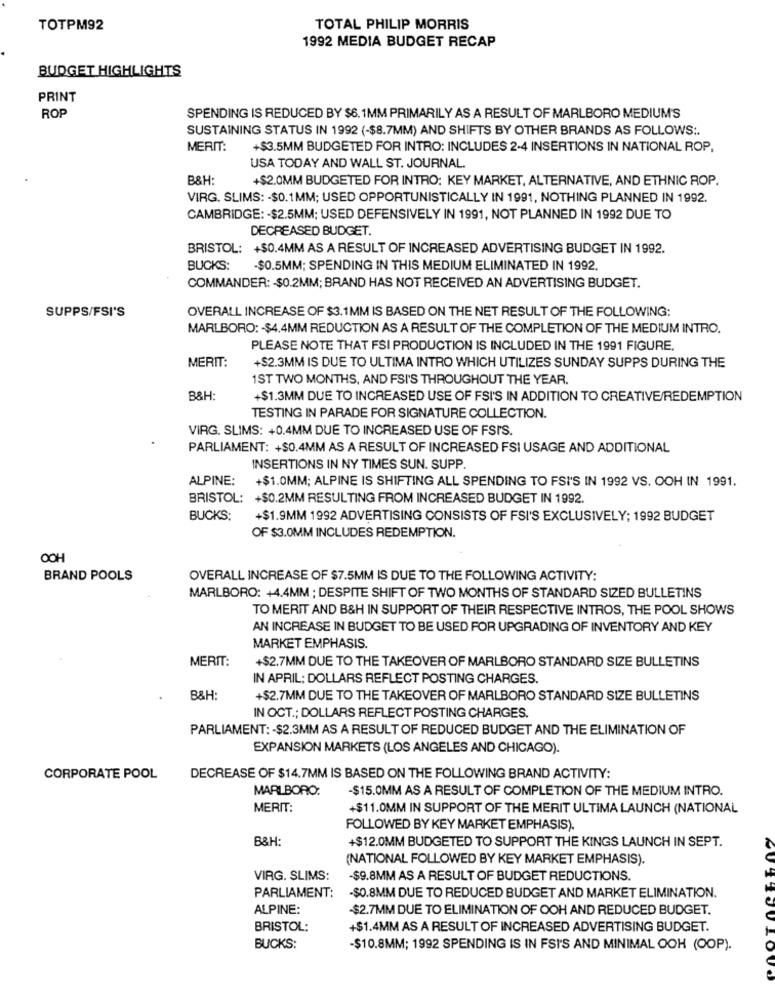
TOTPM92
TOTAL PHILIP MORRIS
1992 MEDIA BUDGET RECAP
BUDGET HIGHLIGHTS
PRINT
ROP
SPENDING IS REDUCED BY $6. 1MM PRIMARILY AS A RESULT OF MARLBORO MEDIUM'S
SUSTAINING STATUS IN 1992 (-$8.7MM) AND SHIFTS BY OTHER BRANDS AS FOLLOWS :.
MERIT:
+$3.5MM BUDGETED FOR INTRO: INCLUDES 2-4 INSERTIONS IN NATIONAL ROP,
USA TODAY AND WALL ST. JOURNAL.
B&H:
+$2.0MM BUDGETED FOR INTRO: KEY MARKET, ALTERNATIVE, AND ETHNIC ROP.
VIRG. SLIMS: - $0.1MM; USED OPPORTUNISTICALLY IN 1991, NOTHING PLANNED IN 1992.
CAMBRIDGE: - $2.5MM; USED DEFENSIVELY IN 1991, NOT PLANNED IN 1992 DUE TO
DECREASED BUDGET.
BRISTOL: +$0.4MM AS A RESULT OF INCREASED ADVERTISING BUDGET IN 1992.
BUCKS:
-$0.5MM; SPENDING IN THIS MEDIUM ELIMINATED IN 1992.
COMMANDER: - $0.2MM; BRAND HAS NOT RECEIVED AN ADVERTISING BUDGET.
SUPPS/FSI'S
OVERALL INCREASE OF $3.1MM IS BASED ON THE NET RESULT OF THE FOLLOWING:
MARLBORO: - $4.4MM REDUCTION AS A RESULT OF THE COMPLETION OF THE MEDIUM INTRO.
PLEASE NOTE THAT FSI PRODUCTION IS INCLUDED IN THE 1991 FIGURE.
MERIT:
+$2.3MM IS DUE TO ULTIMA INTRO WHICH UTILIZES SUNDAY SUPPS DURING THE
1ST TWO MONTHS, AND FSI'S THROUGHOUT THE YEAR.
B&H:
+$1.3MM DUE TO INCREASED USE OF FSI'S IN ADDITION TO CREATIVE/REDEMPTION
TESTING IN PARADE FOR SIGNATURE COLLECTION.
VIRG. SLIMS: +0.4MM DUE TO INCREASED USE OF FSI'S.
PARLIAMENT: +$0.4MM AS A RESULT OF INCREASED FSI USAGE AND ADDITIONAL
INSERTIONS IN NY TIMES SUN. SUPP.
ALPINE:
+$1.0MM; ALPINE IS SHIFTING ALL SPENDING TO FSI'S IN 1992 VS. OOH IN 1991.
BRISTOL: +$0.2MM RESULTING FROM INCREASED BUDGET IN 1992.
BUCKS:
+$1.9MM 1992 ADVERTISING CONSISTS OF FSI'S EXCLUSIVELY; 1992 BUDGET
OF $3.0MM INCLUDES REDEMPTION.
OOH
BRAND POOLS
OVERALL INCREASE OF $7.5MM IS DUE TO THE FOLLOWING ACTIVITY:
MARLBORO: +4.4MM ; DESPITE SHIFT OF TWO MONTHS OF STANDARD SIZED BULLETINS
TO MERIT AND B&H IN SUPPORT OF THEIR RESPECTIVE INTROS, THE POOL SHOWS
AN INCREASE IN BUDGET TO BE USED FOR UPGRADING OF INVENTORY AND KEY
MARKET EMPHASIS.
MERIT:
+$2.7MM DUE TO THE TAKEOVER OF MARLBORO STANDARD SIZE BULLETINS
IN APRIL; DOLLARS REFLECT POSTING CHARGES.
B&H:
+$2.7MM DUE TO THE TAKEOVER OF MARLBORO STANDARD SIZE BULLETINS
IN OCT .; DOLLARS REFLECT POSTING CHARGES.
PARLIAMENT: - $2.3MM AS A RESULT OF REDUCED BUDGET AND THE ELIMINATION OF
EXPANSION MARKETS (LOS ANGELES AND CHICAGO).
CORPORATE POOL
DECREASE OF $14.7MM IS BASED ON THE FOLLOWING BRAND ACTIVITY:
MARLBORO:
-$15.0MM AS A RESULT OF COMPLETION OF THE MEDIUM INTRO.
MERIT:
+$11.0MM IN SUPPORT OF THE MERIT ULTIMA LAUNCH (NATIONAL
FOLLOWED BY KEY MARKET EMPHASIS).
B&H:
+$12.0MM BUDGETED TO SUPPORT THE KINGS LAUNCH IN SEPT.
(NATIONAL FOLLOWED BY KEY MARKET EMPHASIS).
VIRG. SLIMS:
-$9.8MM AS A RESULT OF BUDGET REDUCTIONS.
PARLIAMENT:
-$0.8MM DUE TO REDUCED BUDGET AND MARKET ELIMINATION.
ALPINE:
$2.7MM DUE TO ELIMINATION OF OOH AND REDUCED BUDGET.
BRISTOL:
+$1.4MM AS A RESULT OF INCREASED ADVERTISING BUDGET.
BUCKS:
-$10.8MM; 1992 SPENDING IS IN FSI'S AND MINIMAL OOH (OOP).